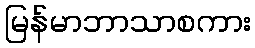
မြန်မာဘာသာစကား